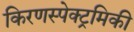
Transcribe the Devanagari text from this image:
किरणस्पेक्ट्रमिकी